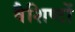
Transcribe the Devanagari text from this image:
वैशिष्टों